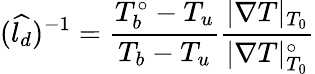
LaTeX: (\widehat{l_{d}})^{-1}=\frac{T_{b}^{\circ}-T_{u}}{T_{b}-T_{u}}\frac{|\nabla T|_{T_{0}}}{|\nabla T|_{T_{0}}^{\circ}}